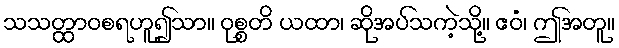
သသတ္ထာဝစရဟူ၍သာ။ ဝုစ္စတိ ယထာ၊ ဆိုအပ်သကဲ့သို့။ ဧဝံ၊ ဤအတူ။